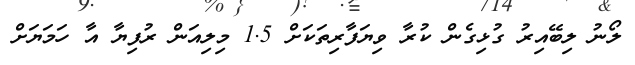
ލޯނު ލިބޭއިރު ގުޅިގެން ކުރާ ވިޔަފާރިތަކަށް 1.5 މިލިއަން ރުފިޔާ އާ ހަމަޔަށް